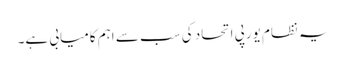
یہ نظام یورپی اتحاد کی سب سے اہم کامیابی ہے۔